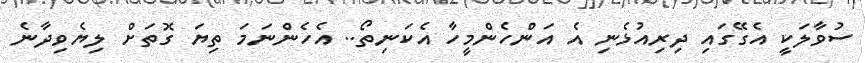
ސުވާލަކީ އެގޭގައި ދިރިއުޅެނި އެ އަންހެންމީހާ އެކަނިތޯ.. އެހެންނަމަ ތިޔަ ގޮތަށް ލިޔެވިދާނެ